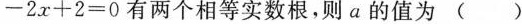
-2x+2=0有两个相等实数根，则a的值为()